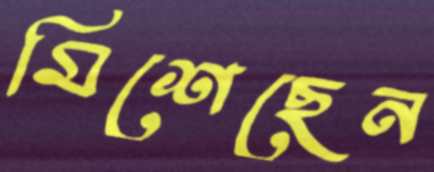
মিশেছেন